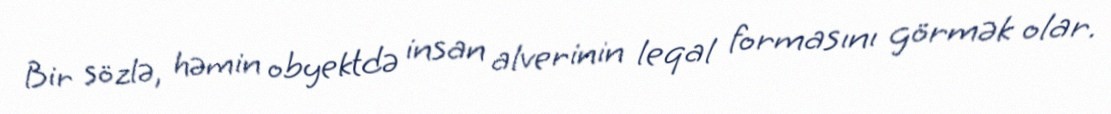
Bir sözlə, həmin obyektdə insan alverinin leqal formasını görmək olar.